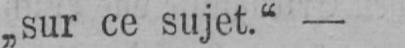
„sur ce sujet.“-